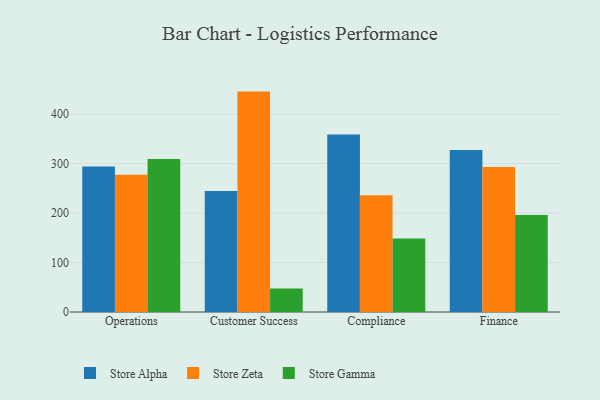
{"axis": {"x": "Department", "y": "Conversion Rate (%)"}, "legend": ["Store Alpha", "Store Gamma", "Store Zeta"], "data": [{"x": "Operations", "y": 293.9, "type": "Store Alpha"}, {"x": "Operations", "y": 277.4, "type": "Store Zeta"}, {"x": "Operations", "y": 309.5, "type": "Store Gamma"}, {"x": "Customer Success", "y": 244.7, "type": "Store Alpha"}, {"x": "Customer Success", "y": 445.5, "type": "Store Zeta"}, {"x": "Customer Success", "y": 47.3, "type": "Store Gamma"}, {"x": "Compliance", "y": 359.0, "type": "Store Alpha"}, {"x": "Compliance", "y": 235.9, "type": "Store Zeta"}, {"x": "Compliance", "y": 148.8, "type": "Store Gamma"}, {"x": "Finance", "y": 327.4, "type": "Store Alpha"}, {"x": "Finance", "y": 293.2, "type": "Store Zeta"}, {"x": "Finance", "y": 196.1, "type": "Store Gamma"}]}